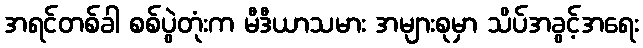
အရင်တစ်ခါ စစ်ပွဲတုံးက မီဒီယာသမား အများစုမှာ သိပ်အခွင့်အရေး